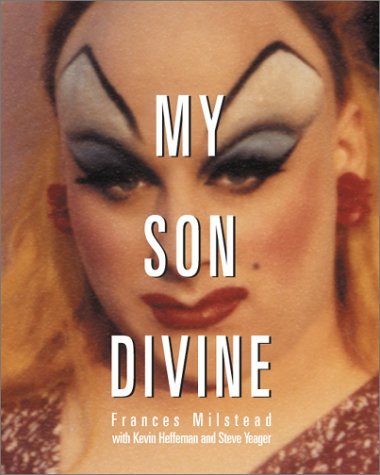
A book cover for My Son Divine; Frances Milstead; Gay & Lesbian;